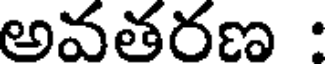
అవతరణ :